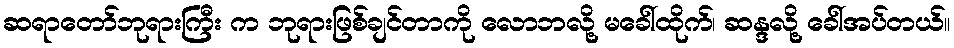
ဆရာတော်ဘုရားကြီး က ဘုရားဖြစ်ချင်တာကို လောဘလို့ မခေါ်ထိုက်၊ ဆန္ဒလို့ ခေါ်အပ်တယ်။